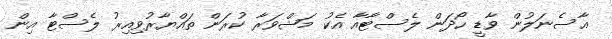
އާސެނަލުން ވާޑީ ހޯދަން ލެސްޓާއާ އެކު މަޝްވަރާ ކުރަން ތައްޔާރުވިއިރު ލެސްޓާ އިން